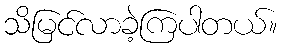
သိမြင်လာခဲ့ကြပါတယ်။